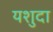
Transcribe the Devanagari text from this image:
यशुदा